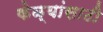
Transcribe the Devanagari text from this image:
केळ्यांसाठी